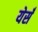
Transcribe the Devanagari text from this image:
येर्सँ